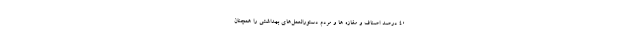
۴۰ درصد اصناف و مغازه ها و مردم دستورالعمل‌های بهداشتی را همچنان